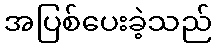
အပြစ်ပေးခဲ့သည်